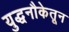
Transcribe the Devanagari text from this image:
युद्धनौकेतून